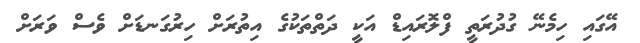
އޭގައި ހިމެނޭ ގުދުރަތީ ފްލޮރައިޑް އަކީ ދަތްތަކުގެ އިތުރަށް ހިރުގަނޑަށް ވެސް ވަރަށް